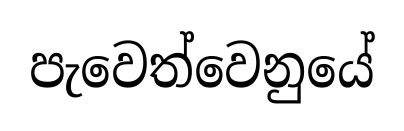
පැවෙත්වෙනුයේ